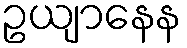
ဥယျာနေန